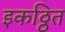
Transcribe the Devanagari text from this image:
इकठ्ठित